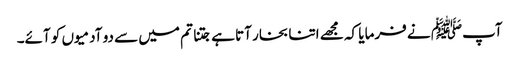
آپﷺ نے فرمایا کہ مجھے اتنا بخار آتا ہے جتنا تم میں سے دو آدمیوں کو آئے۔